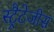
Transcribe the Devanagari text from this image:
स्ट्रैटेजीस